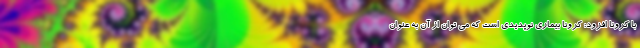
با کرونا افزود: کرونا بیماری نوپدیدی است که می توان از آن به عنوان